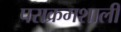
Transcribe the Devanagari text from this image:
पराक्रमशाली